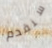
سنقدم